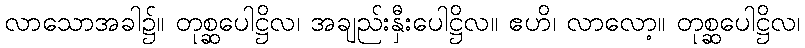
လာသောအခါ၌။ တုစ္ဆပေါဋ္ဌိလ၊ အချည်းနှီးပေါဋ္ဌိလ။ ဧဟိ၊ လာလော့။ တုစ္ဆပေါဋ္ဌိလ၊